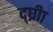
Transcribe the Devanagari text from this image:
द्घ्रीा